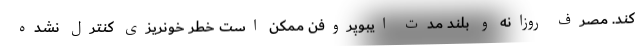
کند. مصرف روزانه و بلند مدت ایبوپروفن ممکن است خطر خونریزی کنترل نشده